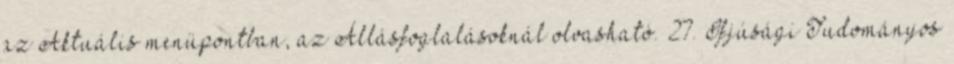
az Aktuális menüpontban, az Állásfoglalásoknál olvasható. 27. Ifjúsági Tudományos